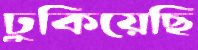
ঢুকিয়েছি